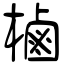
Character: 樐